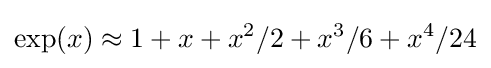
\exp(x)\approx 1+x+x^{2}/2+x^{3}/6+x^{4}/24